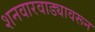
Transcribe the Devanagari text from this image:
शनवारवाड्यावरून